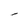
Character: l